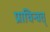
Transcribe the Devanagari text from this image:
प्राचिन्वत्‌